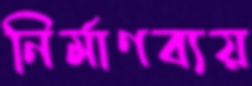
নির্মাণব্যয়